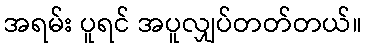
အရမ်း ပူရင် အပူလျှပ်တတ်တယ်။